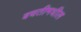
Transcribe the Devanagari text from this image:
बचतीमधील